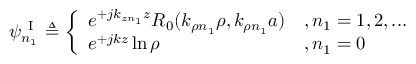
\psi _ { n _ { 1 } } ^ { \mathrm { ~ I ~ } } \triangleq \left\{ \begin{array} { l l } { e ^ { + j k _ { z n _ { 1 } } z } R _ { 0 } ( k _ { \rho n _ { 1 } } \rho , k _ { \rho n _ { 1 } } a ) } & { , n _ { 1 } = 1 , 2 , . . . } \\ { e ^ { + j k z } \ln \rho } & { , n _ { 1 } = 0 } \end{array} \right.